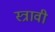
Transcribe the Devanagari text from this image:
स्त्रावी